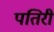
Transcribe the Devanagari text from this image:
पतिरी